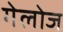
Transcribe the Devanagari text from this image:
गेलोज